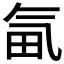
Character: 𣱟